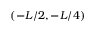
( - L / 2 , - L / 4 )